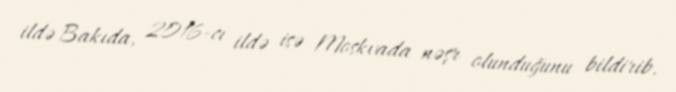
ildə Bakıda, 2016-cı ildə isə Moskvada nəşr olunduğunu bildirib.